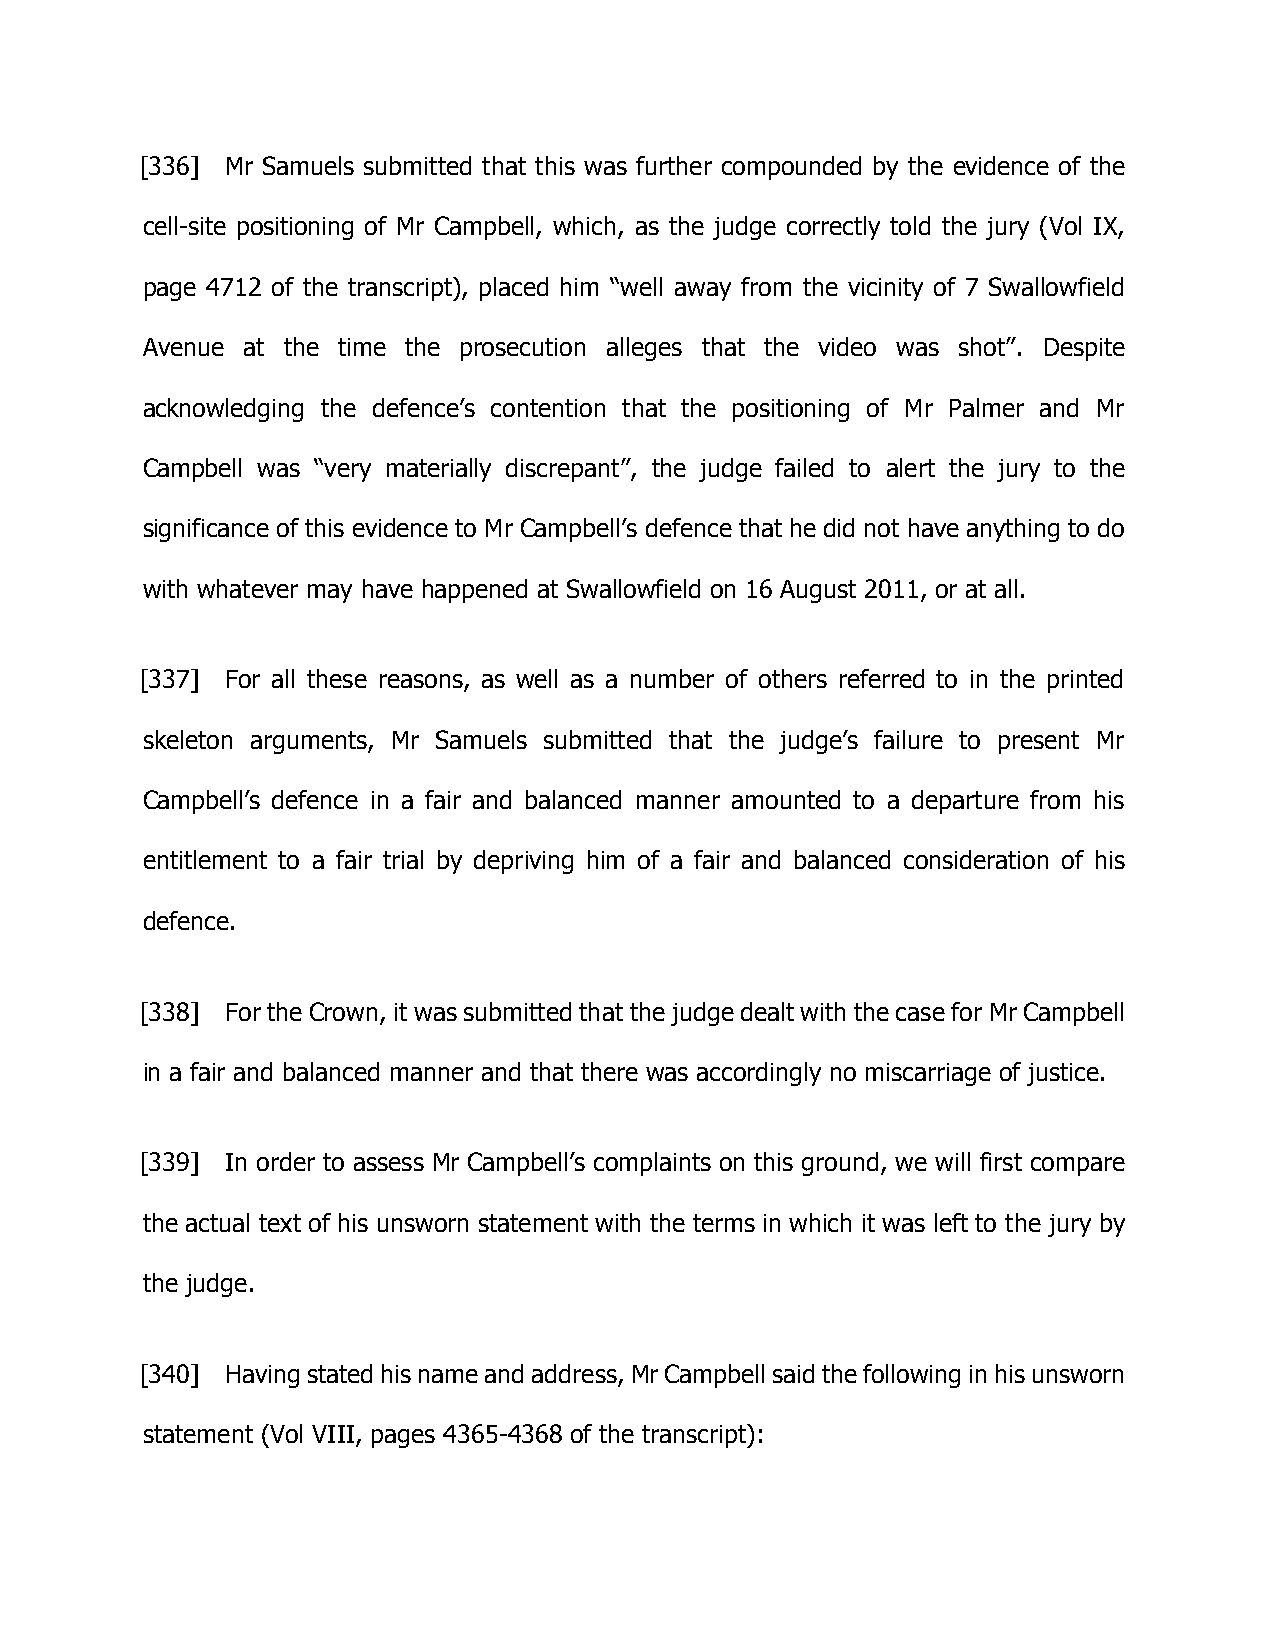
[336] Mr Samuels submitted that this was further compounded by the evidence of the
 cell-site positioning of Mr Campbell, which, as the judge correctly told the jury (Vol IX,
 page 4712 of the transcript), placed him “well away from the vicinity of 7 Swallowfield
 Avenue at the time the prosecution alleges that the video was shot”. Despite
 acknowledging the defence’s contention that the positioning of Mr Palmer and Mr
 Campbell was “very materially discrepant”, the judge failed to alert the jury to the
 significance of this evidence to Mr Campbell’s defence that he did not have anything to do
 with whatever may have happened at Swallowfield on 16 August 2011, or at all.
 [337] For all these reasons, as well as a number of others referred to in the printed
 skeleton arguments, Mr Samuels submitted that the judge’s failure to present Mr
 Campbell’s defence in a fair and balanced manner amounted to a departure from his
 entitlement to a fair trial by depriving him of a fair and balanced consideration of his
 defence.
 [338] For the Crown, it was submitted that the judge dealt with the case for Mr Campbell
 in a fair and balanced manner and that there was accordingly no miscarriage of justice.
 [339] In order to assess Mr Campbell’s complaints on this ground, we will first compare
 the actual text of his unsworn statement with the terms in which it was left to the jury by
 the judge.
 [340] Having stated his name and address, Mr Campbell said the following in his unsworn
 statement (Vol VIII, pages 4365-4368 of the transcript):